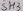
Text: SH3